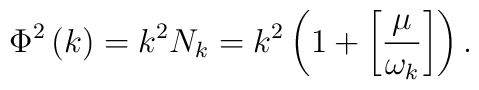
\Phi ^{2}\left( k\right) =k^{2}N_{k}=k^{2}\left( 1+\left[ \frac{\mu }{\omega_{k}}\right] \right) .